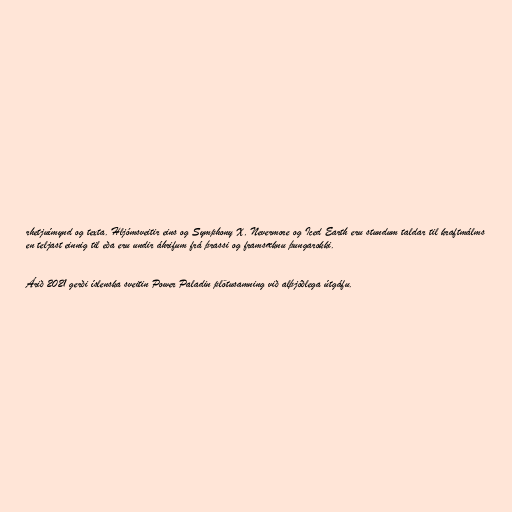
rhetjuímynd og texta. Hljómsveitir eins og Symphony X, Nevermore og Iced Earth eru stundum taldar til kraftmálms
en teljast einnig til eða eru undir áhrifum frá þrassi og framsæknu þungarokki.

Árið 2021 gerði íslenska sveitin Power Paladin plötusamning við alþjóðlega útgáfu.